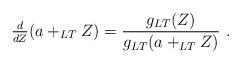
LaTeX: \begin{align*} \tfrac{d}{dZ} (a +_{LT} Z) = \frac{g_{LT}(Z)}{g_{LT}(a +_{LT} Z)} \ .\end{align*}